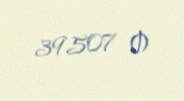
39507 ₼